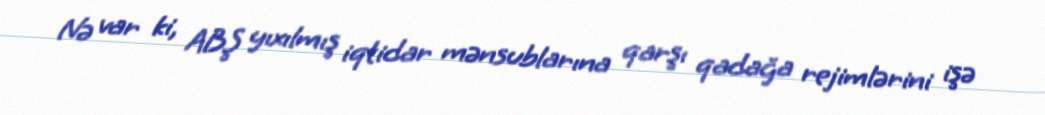
Nə var ki, ABŞ yıxılmış iqtidar mənsublarına qarşı qadağa rejimlərini işə